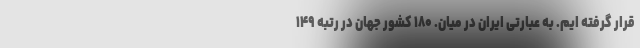
قرار گرفته ایم. به عبارتی ایران در میان. ۱۸۰ کشور جهان در رتبه ۱۴۹